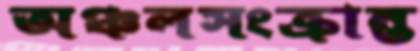
অঞ্চলসংক্রান্ত